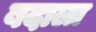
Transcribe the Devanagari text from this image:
बदाला